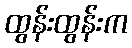
ထွန်းထွန်းက